Report on vaccination in Madras 1877-1894 - 1877-1894
Year: 1877
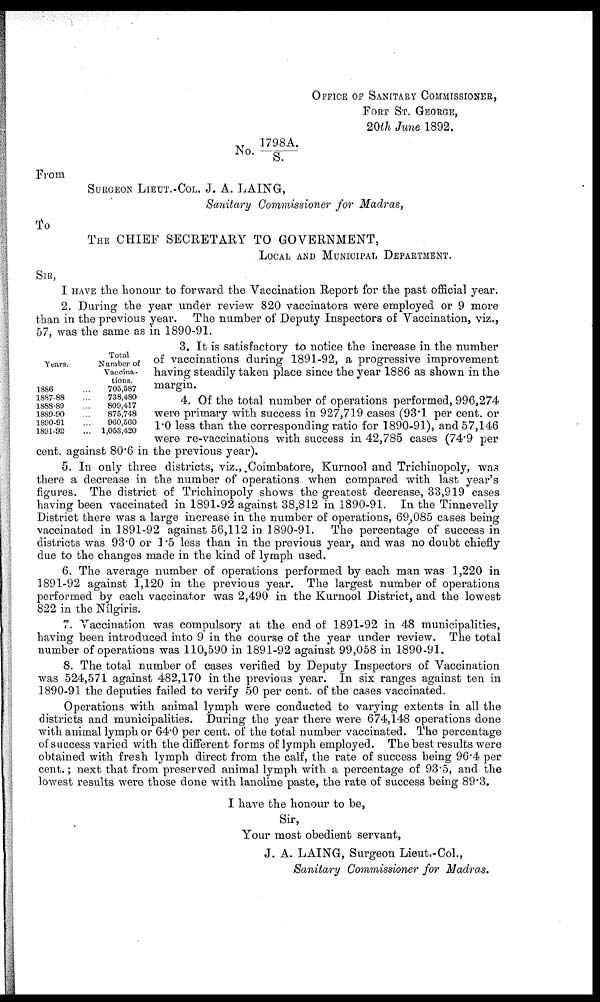
OFFICE OF SANITARY COMMISSIONER,
FORT ST. GEORGE,
20th June 1892.
No. 1798 A./S.
From
SURGEON LIEUT.-COL. J. A. LAING,
Sanitary Commissioner for Madras,
To
THE CHIEF SECRETARY TO GOVERNMENT,
LOCAL AND MUNICIPAL DEPARTMENT.
SIR,
I HAVE the honour to forward the Vaccination Report for the past official year.
2. During the year under review 820 vaccinators were employed or 9 more
than in the previous year. The number of Deputy Inspectors of Vaccination, viz.,
57, was the same as in 1890-91.
Years.
1886 ...
1887-88 ...
1888-89 ...
1889-90 ...
1890-91 ...
1891-92 ...
Total
Number of
Vaccina-
tions.
705,587
738,480
809,417
875,748
960,560
1,053,420
3. It is satisfactory to notice the increase in the number
of vaccinations during 1891-92, a progressive improvement
having steadily taken place since the year 1886 as shown in the
margin.
4. Of the total number of operations performed, 996,274
were primary with success in 927,719 cases (93.1 per cent. or
1.0 less than the corresponding ratio for 1890-91), and 57,146
were re-vaccinations with success in 42,785 cases (74.9 per
cent. against 80.6 in the previous year).
5. In only three districts, viz., Coimbatore, Kurnool and Trichinopoly, was
there a decrease in the number of operations when compared with last year's
figures. The district of Trichinopoly shows the greatest decrease, 33,919 cases
having been vaccinated in 1891-92 against 38,812 in 1890-91. In the Tinnevelly
District there was a large increase in the number of operations, 69,085 cases being
vaccinated in 1891-92 against 56,112 in 1890-91. The percentage of success in
districts was 93.0 or 1.5 less than in the previous year, and was no doubt chiefly
due to the changes made in the kind of lymph used.
6. The average number of operations performed by each man was 1,220 in
1891-92 against 1,120 in the previous year. The largest number of operations
performed by each vaccinator was 2,490 in the Kurnool District, and the lowest
822 in the Nílgiris.
7. Vaccination was compulsory at the end of 1891-92 in 48 municipalities,
having been introduced into 9 in the course of the year under review. The total
number of operations was 110,590 in 1891-92 against 99,058 in 1890-91.
8. The total number of cases verified by Deputy Inspectors of Vaccination
was 524,571 against 482,170 in the previous year. In six ranges against ten in
1890-91 the deputies failed to verify 50 per cent. of the cases vaccinated.
Operations with animal lymph were conducted to varying extents in all the
districts and municipalities. During the year there were 674,148 operations done
with animal lymph or 64.0 per cent. of the total number vaccinated. The percentage
of success varied with the different forms of lymph employed. The best results were
obtained with fresh lymph direct from the calf, the rate of success being 96.4 per
cent.; next that from preserved animal lymph with a percentage of 93.5, and the
lowest results were those done with lanoline paste, the rate of success being 89.3.
I have the honour to be,
Sir,
Your most obedient servant,
J. A. LAING, Surgeon Lieut.-Col.,
Sanitary Commissioner for Madras.